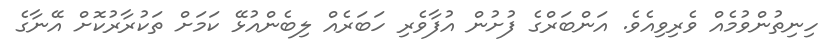
ހިނިތުންވުމެއް ވެރިވިއެވެ. އަންބަރްގެ ފުށުން އުފާވެރި ހަބަރެއް ލިބެންއުޅޭ ކަމަށް ތަކުރާރުކޮށް އޭނާގެ